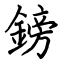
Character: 鎊